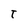
Character: t